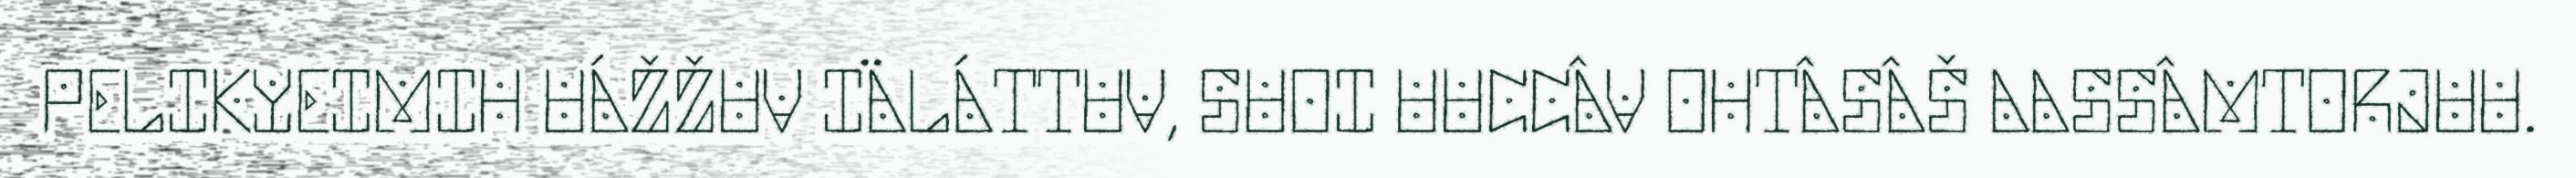
PELIKYEIMIH UÁŽŽUV IÄLÁTTUV, SUOI UUCCÂV OHTÂSÂŠ AASSÂMTORJUU.